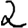
Digit: 2